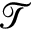
\mathcal { T }